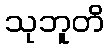
သုဘူတိ